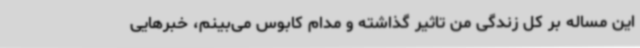
این مساله بر کل زندگی من تاثیر گذاشته و مدام کابوس می‌بینم، خبرهایی